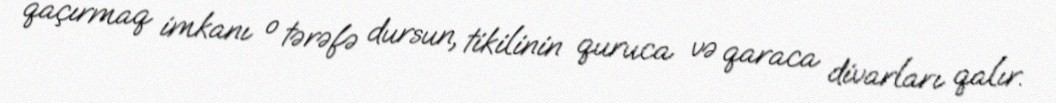
qaçırmaq imkanı o tərəfə dursun, tikilinin quruca və qaraca divarları qalır.